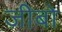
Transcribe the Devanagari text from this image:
जीबो